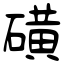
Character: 磺